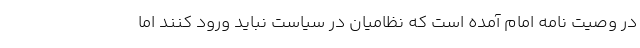
در وصیت نامه امام آمده است که نظامیان در سیاست نباید ورود کنند اما